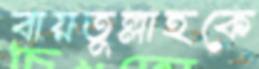
বায়তুল্লাহকে